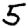
Digit: 5